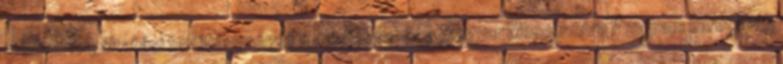
médiaszolgáltatási tevékenységét a Médiatanács a Magyar Mecenatúra Program keretében